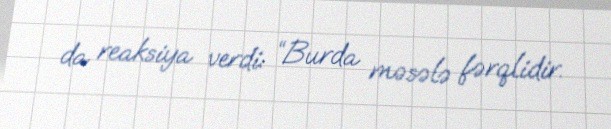
da reaksiya verdi: “Burda məsələ fərqlidir.